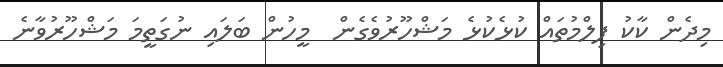
މިދެން ކާކު ފިލްމުތައް ކުޅެކުޅެ މަޝްހޫރުވެގެން  މީހުން ބަލައި ނުގަތީމަ މަޝްހޫރުވާނެ